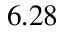
6 . 2 8